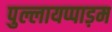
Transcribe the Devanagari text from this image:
पुल्लायप्पाड़म